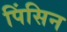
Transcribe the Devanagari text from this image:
पिंसिन